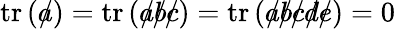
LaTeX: \operatorname{tr}\left({a\! \! \! /}\right)=\operatorname{tr}\left({a\! \! \! /}{b\! \! \! /}{c\! \! \! /}\right)=\operatorname{tr}\left({a\! \! \! /}{b\! \! \! /}{c\! \! \! /}{d\! \! \! /}{e\! \! \! /}\right)=0